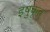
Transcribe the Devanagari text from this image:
इषुकृत्